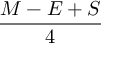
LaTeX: \frac { M - E + S } { 4 }